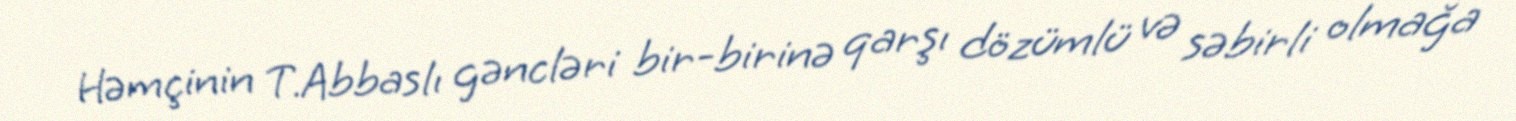
Həmçinin T.Abbaslı gəncləri bir-birinə qarşı dözümlü və səbirli olmağa